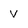
Character: v